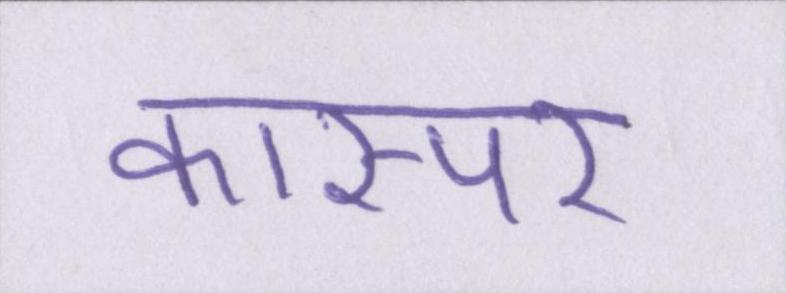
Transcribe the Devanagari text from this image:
कास्पर